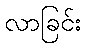
လာခြင်း